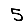
Digit: 5